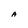
Character: A